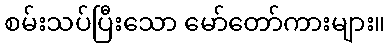
စမ်းသပ်ပြီးသော မော်တော်ကားများ။